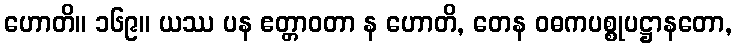
ဟောတိ။ ၁၆၉။ ယဿ ပန ဧတ္တာဝတာ န ဟောတိ, တေန ဝဓကပစ္စုပဋ္ဌာနတော,